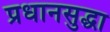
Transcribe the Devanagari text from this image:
प्रधानसुद्धा